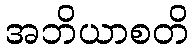
အဘိယာစတိ